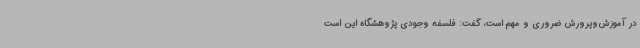
در آموزش‌وپرورش ضروری و مهم است، گفت: فلسفه وجودی پژوهشگاه این است